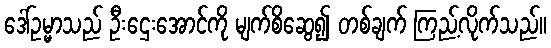
ဒေါ်ဥမ္မာသည် ဦးဌေးအောင်ကို မျက်စိဆွေ၍ တစ်ချက် ကြည့်လိုက်သည်။